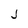
Character: J